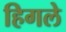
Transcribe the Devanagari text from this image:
हिगले